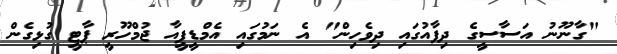
"ގާނޫނު އަސާސީގެ ދިފާއުގައި ދިވެހިން" އެ ނަމުގައި އެމްޑީޕީއާ ޖުމްހޫރީ ޕާޓީ ގުޅިގެން